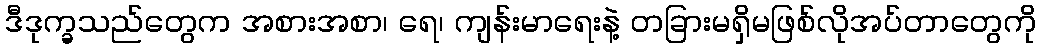
ဒီဒုက္ခသည်တွေက အစားအစာ၊ ရေ၊ ကျန်းမာရေးနဲ့ တခြားမရှိမဖြစ်လိုအပ်တာတွေကို